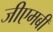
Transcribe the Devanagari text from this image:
जीएमबी